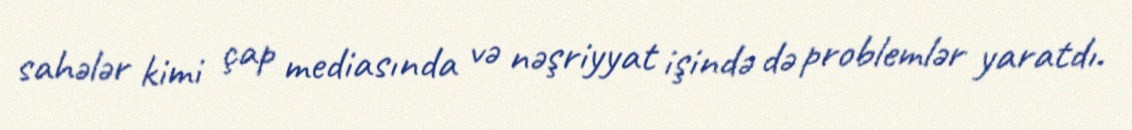
sahələr kimi çap mediasında və nəşriyyat işində də problemlər yaratdı.